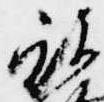
被